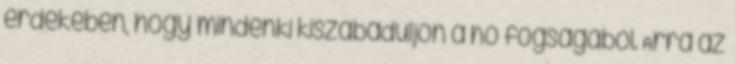
érdekében, hogy mindenki kiszabaduljon a hó fogságából. Arra az